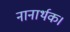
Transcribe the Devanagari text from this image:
नानार्थक।